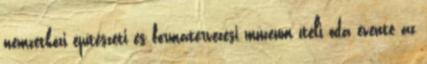
nemzetközi építészeti és formatervezési múzeum ítéli oda évente az